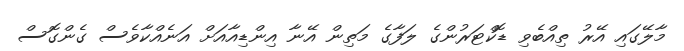
މާލޭގައި އޭރު ތިއްބެވި ޑޮކްޓަރުންގެ ލަފާގެ މަތިން އޭނާ އިންޑިއާއަށް އަނެއްކާވެސް ގެންގޮސް